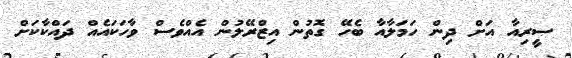
ސީރިއާ އަށް ދިން ހަމަލާއާ ބެހޭ ގޮތުން އިޒްރޭލުން އެއްވެސް ވާހަކައެއް ދައްކާކަށް